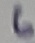
Text: 6